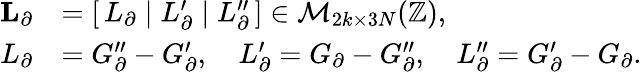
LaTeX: \begin{array}{rl}{\mathbf{L}_{\partial}}&{=[\, L_{\partial}\; |\; L_{\partial}^{\prime}\; |\; L_{\partial}^{\prime\prime}\, ]\in\mathcal{M}_{2k\times 3N}(\mathbb{Z}),}\\ {L_{\partial}}&{=G_{\partial}^{\prime\prime}-G_{\partial}^{\prime},\quad L_{\partial}^{\prime}=G_{\partial}-G_{\partial}^{\prime\prime},\quad L_{\partial}^{\prime\prime}=G_{\partial}^{\prime}-G_{\partial}.}\end{array}